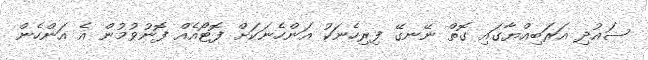
ސައުދި އަރަބިއްޔާގައި ގޮތް ނޭނގޭ ފިރިހެނަކު އަންހެނަކަށް ފޮޓޯއެއް ފޮނުވުމުން އެ އަންހެން